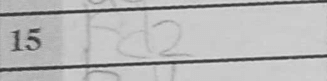
Transcription: Rd2